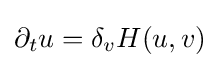
\partial _{t}u=\delta _{v}H(u,v)